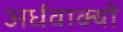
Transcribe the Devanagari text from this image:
अर्धवाक्यों